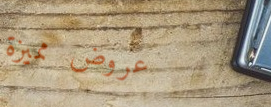
عروض مميزة